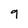
Character: 9